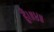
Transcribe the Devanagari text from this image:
हूँ।॥४॥